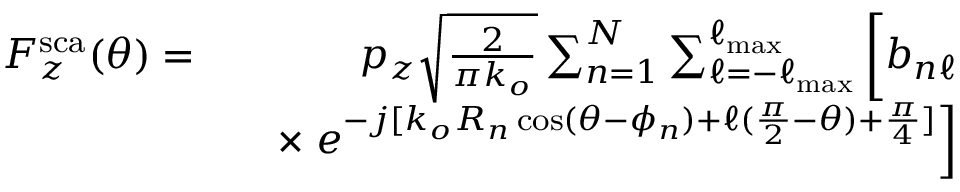
\begin{array} { r l r } { F _ { z } ^ { \mathrm { s c a } } ( \theta ) = } & { } & { p _ { z } \sqrt { \frac { 2 } { \pi k _ { o } } } \sum _ { n = 1 } ^ { N } \sum _ { \ell = - \ell _ { \mathrm { m a x } } } ^ { \ell _ { \mathrm { m a x } } } \bigg [ b _ { n \ell } } \\ & { } & { \times \left. e ^ { - j [ k _ { o } R _ { n } \cos ( \theta - \phi _ { n } ) + \ell ( \frac { \pi } { 2 } - \theta ) + \frac { \pi } { 4 } ] } \right] } \end{array}